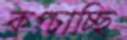
কপ্‌চাচ্ছি